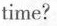
time?